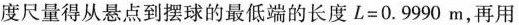
度尺量得从悬点到摆球的最低端的长度$$L = 0 . 9 9 9 0 m$$，再用